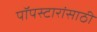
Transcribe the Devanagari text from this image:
पॉपस्टारांसाठी